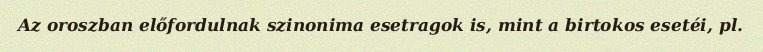
Az oroszban előfordulnak szinonima esetragok is, mint a birtokos esetéi, pl.